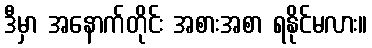
ဒီမှာ အနောက်တိုင်း အစားအစာ ရနိုင်မလား။